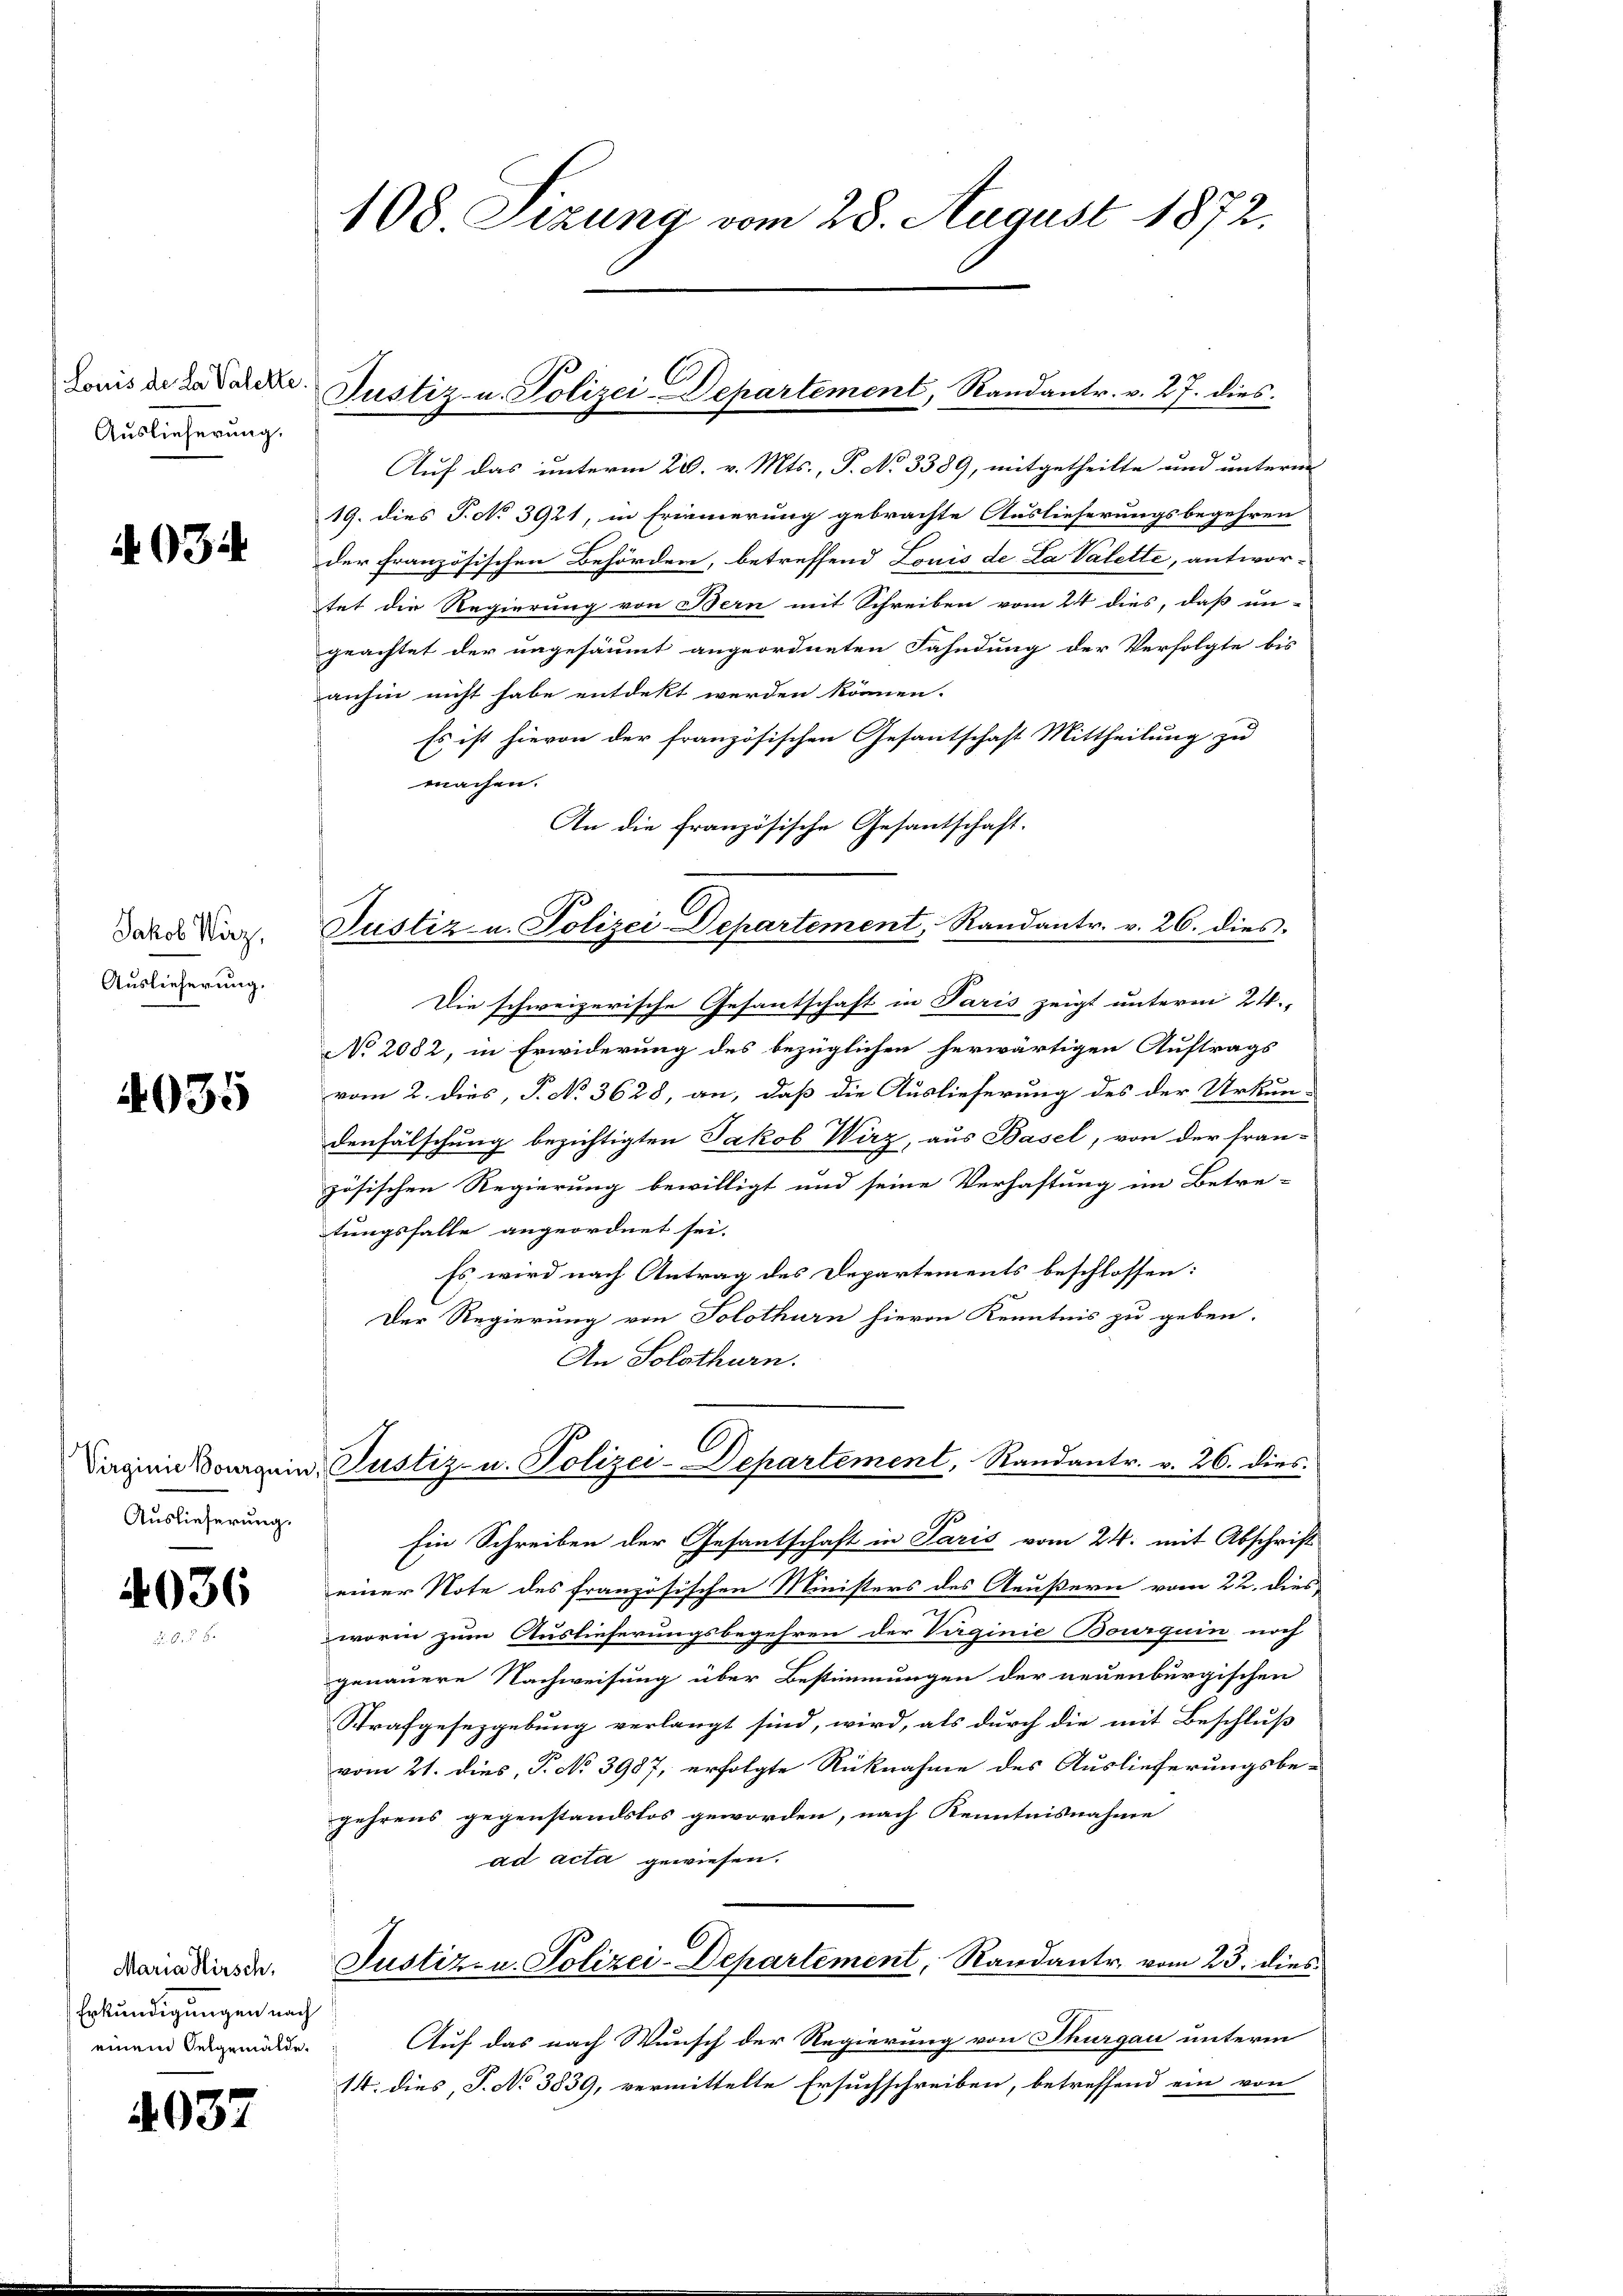
Louis de la Valette.
Auslieferung.

93.

Jakob Wirz,
Auslieferung.

4035

Auslieferung.

4036

Maria Hirsch.
Erkundigungen nach
einem Selgemälde.

4037

108. Sizung vom 28. August 1872.

Justiz- u. Polizei-Departement, Randantr. v. 27. dies

Auf das unterm 20. v. Mts., P. No 3389, mitgetheilte und unterm
19. dies P. No 3921, in friederung gebrachte Auslieferungsbegehren
der Französischen Behörden, betreffend Louis de La Valette, antwortet die Regierung von Bern mit Schreiben vom 24 dies, daß un-
geachtet der ungesäumt angeordneten Fahndung der Verfolgte bis
anhin nicht habe entdekt werden können.
Es ist hievon der französischen Gesantschaft Mittheilung zu
machen.
An die französische Gesantschaft.
Justiz- u. Polizei-Departement, Randantr. v. 26. dies
Die schweizerische Gesantschaft in Paris zeigt unterm 24.
No 2082, in Erwiderung des bezüglichen herwärtigen Auftrags
vom 2. dies, P. No 3628, an, daß die Auslieferung des der Urkun-
denfälschung bezichtigten Jakob Wirz, aus Basel, von der fran-
zösischen Regierung bewilligt und seine Verhaftung im Betre-
tungsfalle angeordnet sei.
Es wird nach Antrag des Departements beschlossen:
Der Regierung von Solothurn hievon Kenntnis zu geben.
An Solothurn.
Daginie Boguin Justiz- u. Polizei-Departement, Randantr. v. 26. dies
Ein Schreiben der Gesantschaft in Paris vom 24. mit Abschrift
einer Note des französischen Ministers des Aeußern vom 22. dies
worin zum Auslieferungsbegehren der Verginie Bourguin noch
genauere Nachweisung über Bestimmungen der neuenburgischen
Strafgesezgebung verlangt sind, wird, als durch die mit Beschluß
vom 21. dies, P. No 3987, erfolgte Rücknahme des Auslieferungsbegehrens gegenstandslos geworden, nach Kenntnisnahme
ad acta gewiesen.
Justiz- u. Polizei-Departement, Randantr. vom 23. dies
Auf das nach Wunsch der Regierung von Thurgau unterm
14. dies, P. No 3839, vermittelte Ersuchschreiben, betreffend ein von